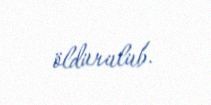
öldürülüb.